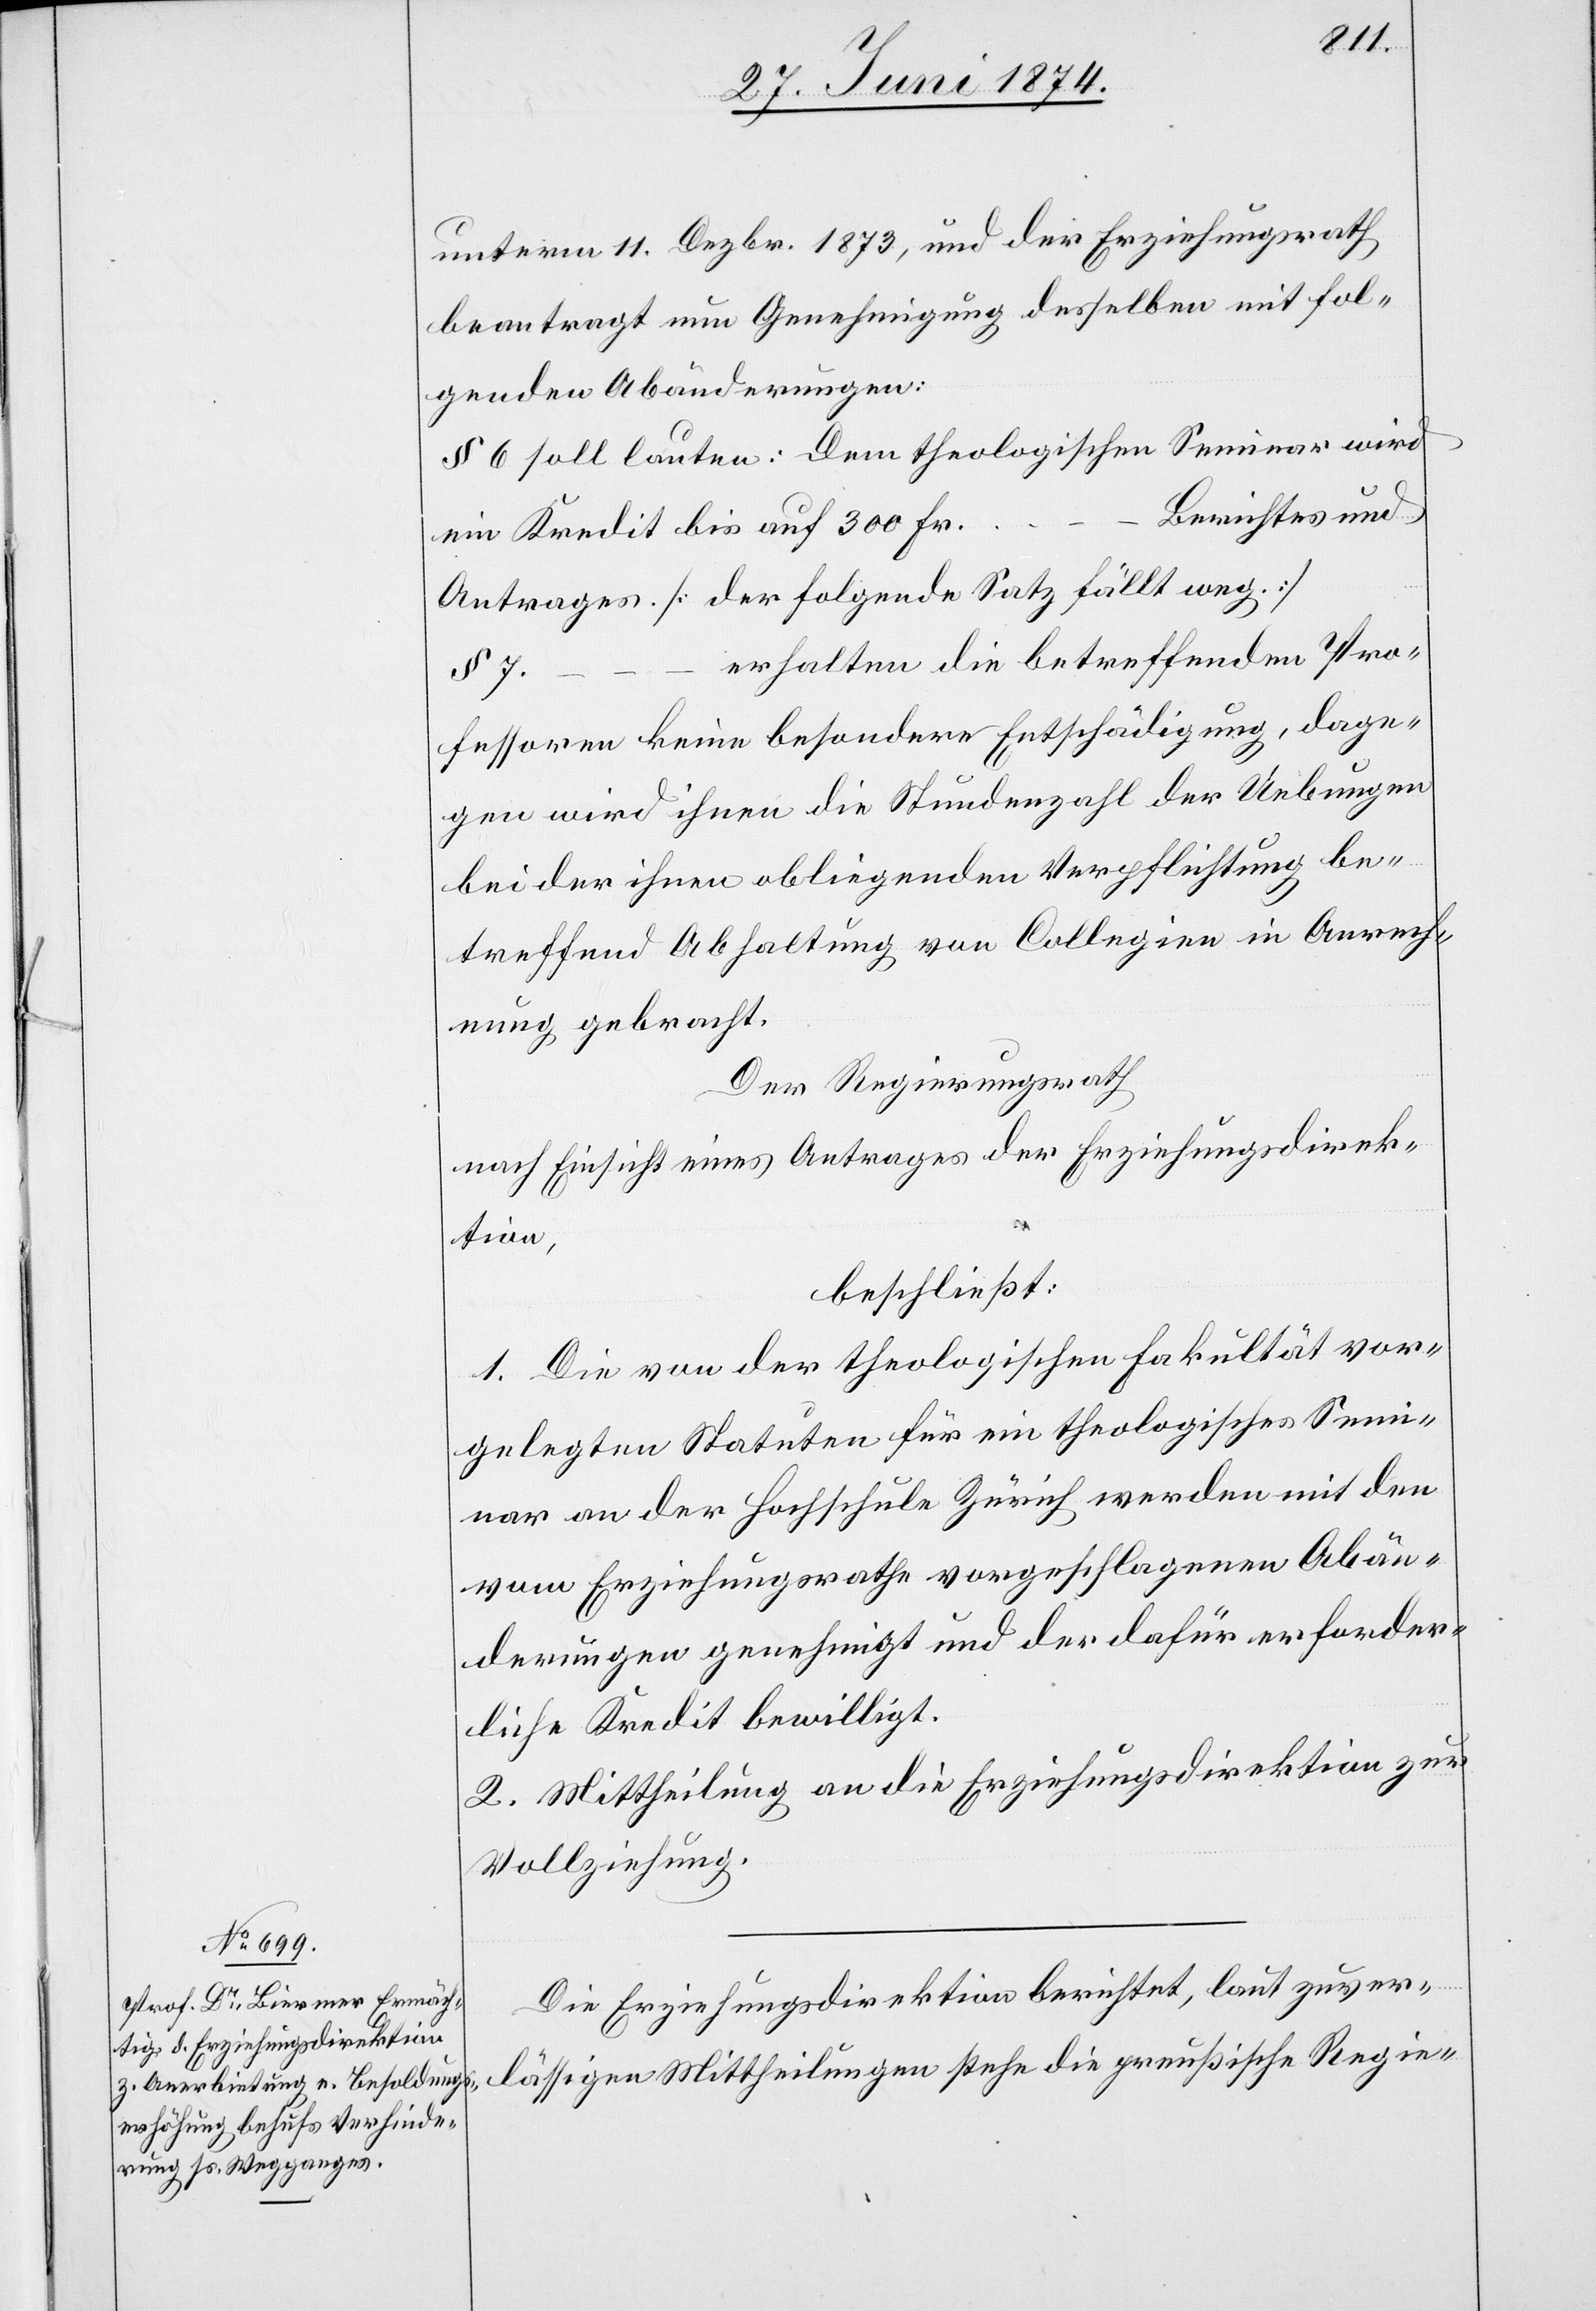
läs¬
unterm 11. Dezbr. 1873, und der Erziehungsrath
beantragt nun Genehmigung desselben mit fol¬
genden Abänderungen:
§ 6 soll lauten: Dem theologischen Seminar wird
Berichtes und
ein Kredit bis auf 300 Fr.
Antrages [der folgende Satz fällt weg.]
erhalten die betreffenden Pro¬
fessoren keine besondere Entschädigung, dage¬
gen wird ihnen die Stundenzahl der Uebungen
bei der ihnen obliegenden Verpflichtung be¬
treffend Abhaltung von Collegien in Anrech¬
nung gebracht.
Der Regierungsrath
nach Einsicht eines Antrages der Erziehungsdirek¬
sigen
beschließt:
1. Die von der theologischen Fakultät vor¬
gelegten Statuten für ein theologisches Semi¬
nar an der Hochschule Zürich werden mit den
vom Erziehungsrathe vorgeschlagenen Abän¬
derungen genehmigt und der dafür erforder¬
liche Kredit bewilligt.
2. Mittheilung an die Erziehungsdirektion zur
Vollziehung.
Die Erziehungsdirektion berichtet, laut zuver¬

…